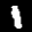
Label: 1